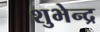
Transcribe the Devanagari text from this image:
शुभेन्द्र